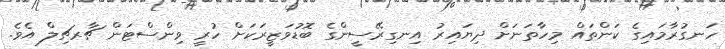
ހަނގުރާމައިގެ ކަންތައް މިހާތަނަށް ދިޔައިރު އިނގިރޭސީންގެ ބޮޑުވަޒީރަކަށް ހުރީ ވިންސްޓަން ޗާރޗިލް އެވެ.